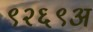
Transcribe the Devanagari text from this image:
९२६९अ